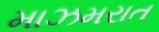
માઝમરાત